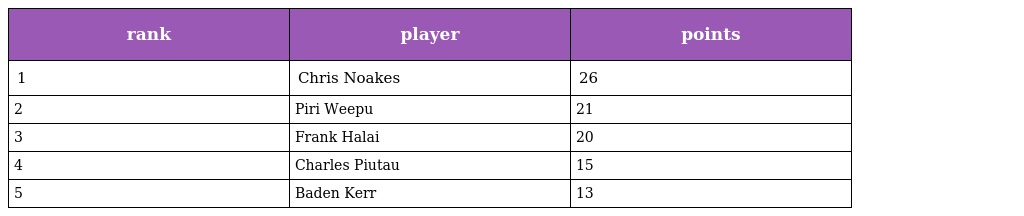
| rank | player | points |
 | --- | --- | --- |
 | 1 | Chris Noakes | 26 |
 | 2 | Piri Weepu | 21 |
 | 3 | Frank Halai | 20 |
 | 4 | Charles Piutau | 15 |
 | 5 | Baden Kerr | 13 |